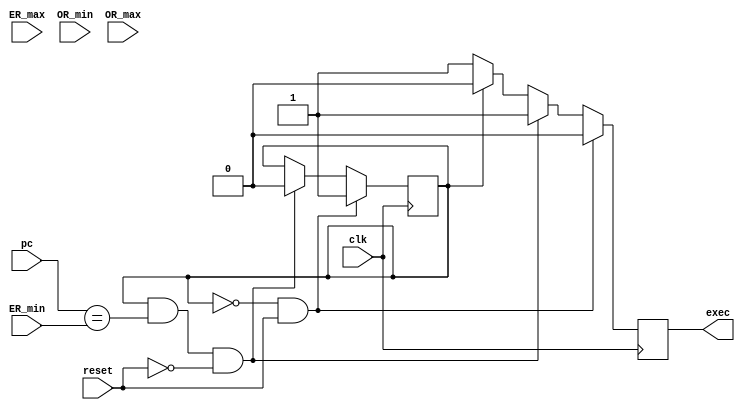

module  VAPE_reset (
    clk,
    //
    pc,
    //
    ER_min,
    ER_max,
    //
    OR_min,
    OR_max,
    //
    reset,

    exec
);

input		clk;
input   [15:0]  pc;
//
input   [15:0]  ER_min;
input   [15:0]  ER_max;
//
input   [15:0]  OR_min;
input   [15:0]  OR_max;
//
input		reset;
//
output          exec;

// State codes
parameter EXEC  = 1'b0, ABORT = 1'b1;
//-------------Internal Variables---------------------------
reg             state;
reg             exec_res;
//

initial
    begin
        state = ABORT;
        exec_res = 1'b0;
    end

wire is_fst_ER = pc == ER_min;

always @(posedge clk)
if( state == EXEC && reset) 
    state <= ABORT;
else if (state == ABORT && is_fst_ER && !reset)
    state <= EXEC;
else state <= state;

always @(posedge clk)
if (state == EXEC && reset)
    exec_res <= 1'b0;
else if (state == ABORT && is_fst_ER && !reset)
    exec_res <= 1'b1;
else if (state == ABORT)
    exec_res <= 1'b0;
else if (state == EXEC)
    exec_res <= 1'b1;
else exec_res <= 1'b1;

assign exec = exec_res;

endmodule